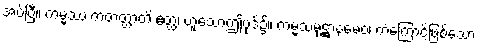
အပ်ပြီ။ ကမ္မဿ ကတတ္တာတိ ဧတ္ထ၊ ဟူသောဤပုဒ်၌။ ကမ္မသမုဋ္ဌာနမေဝ၊ ကံကြောင့်ဖြစ်သော